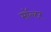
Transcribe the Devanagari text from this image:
सॉल्टर